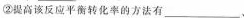
②提高该反应平衡转化率的方法有___、